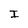
Character: I